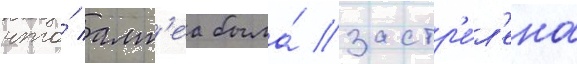
что́ алт'еа была́ застр'е́л'ена